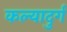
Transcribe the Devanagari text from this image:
कल्यादुर्ग